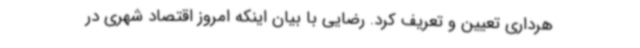
هرداری تعیین و تعریف کرد. رضایی با بیان اینکه امروز اقتصاد شهری در